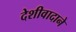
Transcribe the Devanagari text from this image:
देशीवादाने